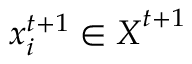
\boldsymbol { x } _ { i } ^ { t + 1 } \in \boldsymbol { X } ^ { t + 1 }